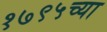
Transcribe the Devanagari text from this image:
१७९५च्या